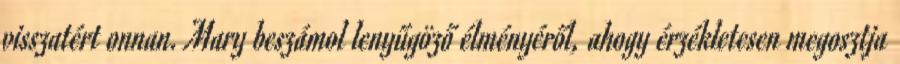
visszatért onnan. Mary beszámol lenyűgöző élményéről, ahogy érzékletesen megosztja